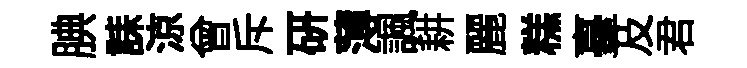
腆誄涼曾斥研薄諷耕麗糕臺及君